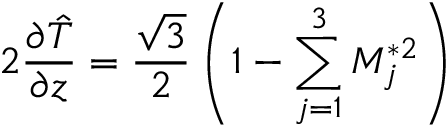
2 { \frac { \partial \hat { T } } { \partial z } } = { \frac { \sqrt { 3 } } { 2 } } \left( 1 - \sum _ { j = 1 } ^ { 3 } { \cal M } _ { j } ^ { * 2 } \right)